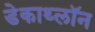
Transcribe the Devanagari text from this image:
डेकाथ्लॉन